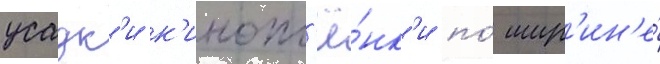
усадк'и к'инопл'ё́нк'и по́ шир'ин'е́